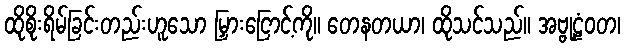
ထိုစိုးရိမ်ခြင်းတည်းဟူသော မြှားငြောင့်ကို။ တေနတယာ၊ ထိုသင်သည်။ အဗ္ဗုဠံဝတ၊